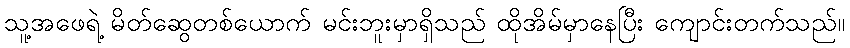
သူ့အဖေရဲ့ မိတ်ဆွေတစ်ယောက် မင်းဘူးမှာရှိသည် ထိုအိမ်မှာနေပြီး ကျောင်းတက်သည်။